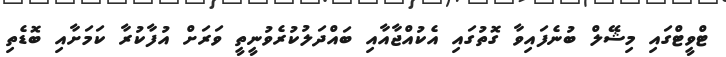
ޓްވީޓްގައި މިޝޭލް ބުނެފައިވާ ގޮތުގައި އެކުއްޖާއާއި ބައްދަލުކުރެވުނީތީ ވަރަށް އުފާކުރާ ކަމަށާއި ބޮޑެތި